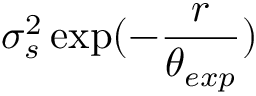
\sigma _ { s } ^ { 2 } \exp ( - \frac { r } { \theta _ { e x p } } )